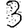
Digit: 3